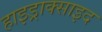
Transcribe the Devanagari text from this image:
हाइड्राक्साइद